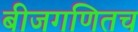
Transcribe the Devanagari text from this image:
बीजगणितच